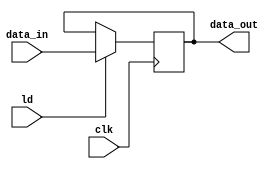
module PIPO(data_out,data_in,clk,ld);

input signed [15:0] data_in;
input clk,ld;
output reg signed [15:0] data_out;

always@(posedge clk)
  begin
      if(ld)
        data_out <= data_in;
   end
endmodule